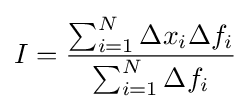
I={\frac {\sum _{i=1}^{N}\Delta x_{i}\Delta f_{i}}{\sum _{i=1}^{N}\Delta f_{i}}}